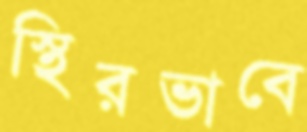
স্থিরভাবে